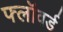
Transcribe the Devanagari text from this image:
फ्लॉवर्ड